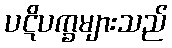
ပဋိပက္ခများသည်